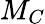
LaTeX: M_{C}